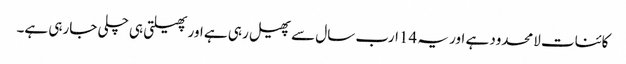
کائنات لامحدود ہے اور یہ 14ارب سال سے پھیل رہی ہے اور پھیلتی ہی چلی جارہی ہے۔